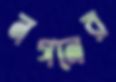
নগনের